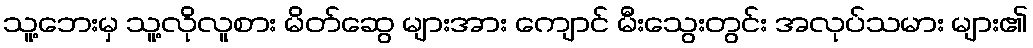
သူ့ဘေးမှ သူ့လိုလူစား မိတ်ဆွေ များအား ကျောင် မီးသွေးတွင်း အလုပ်သမား များ၏